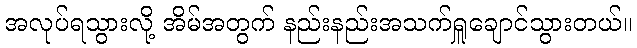
အလုပ်ရသွားလို့ အိမ်အတွက် နည်းနည်းအသက်ရှူချောင်သွားတယ်။